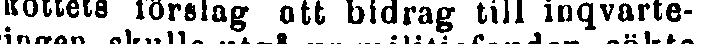
skottets förelag att bidrag till inqvarte-